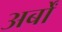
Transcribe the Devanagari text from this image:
अर्बों